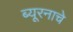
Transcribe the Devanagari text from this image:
ब्यूरनाचे